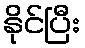
နိုင်ပြီး